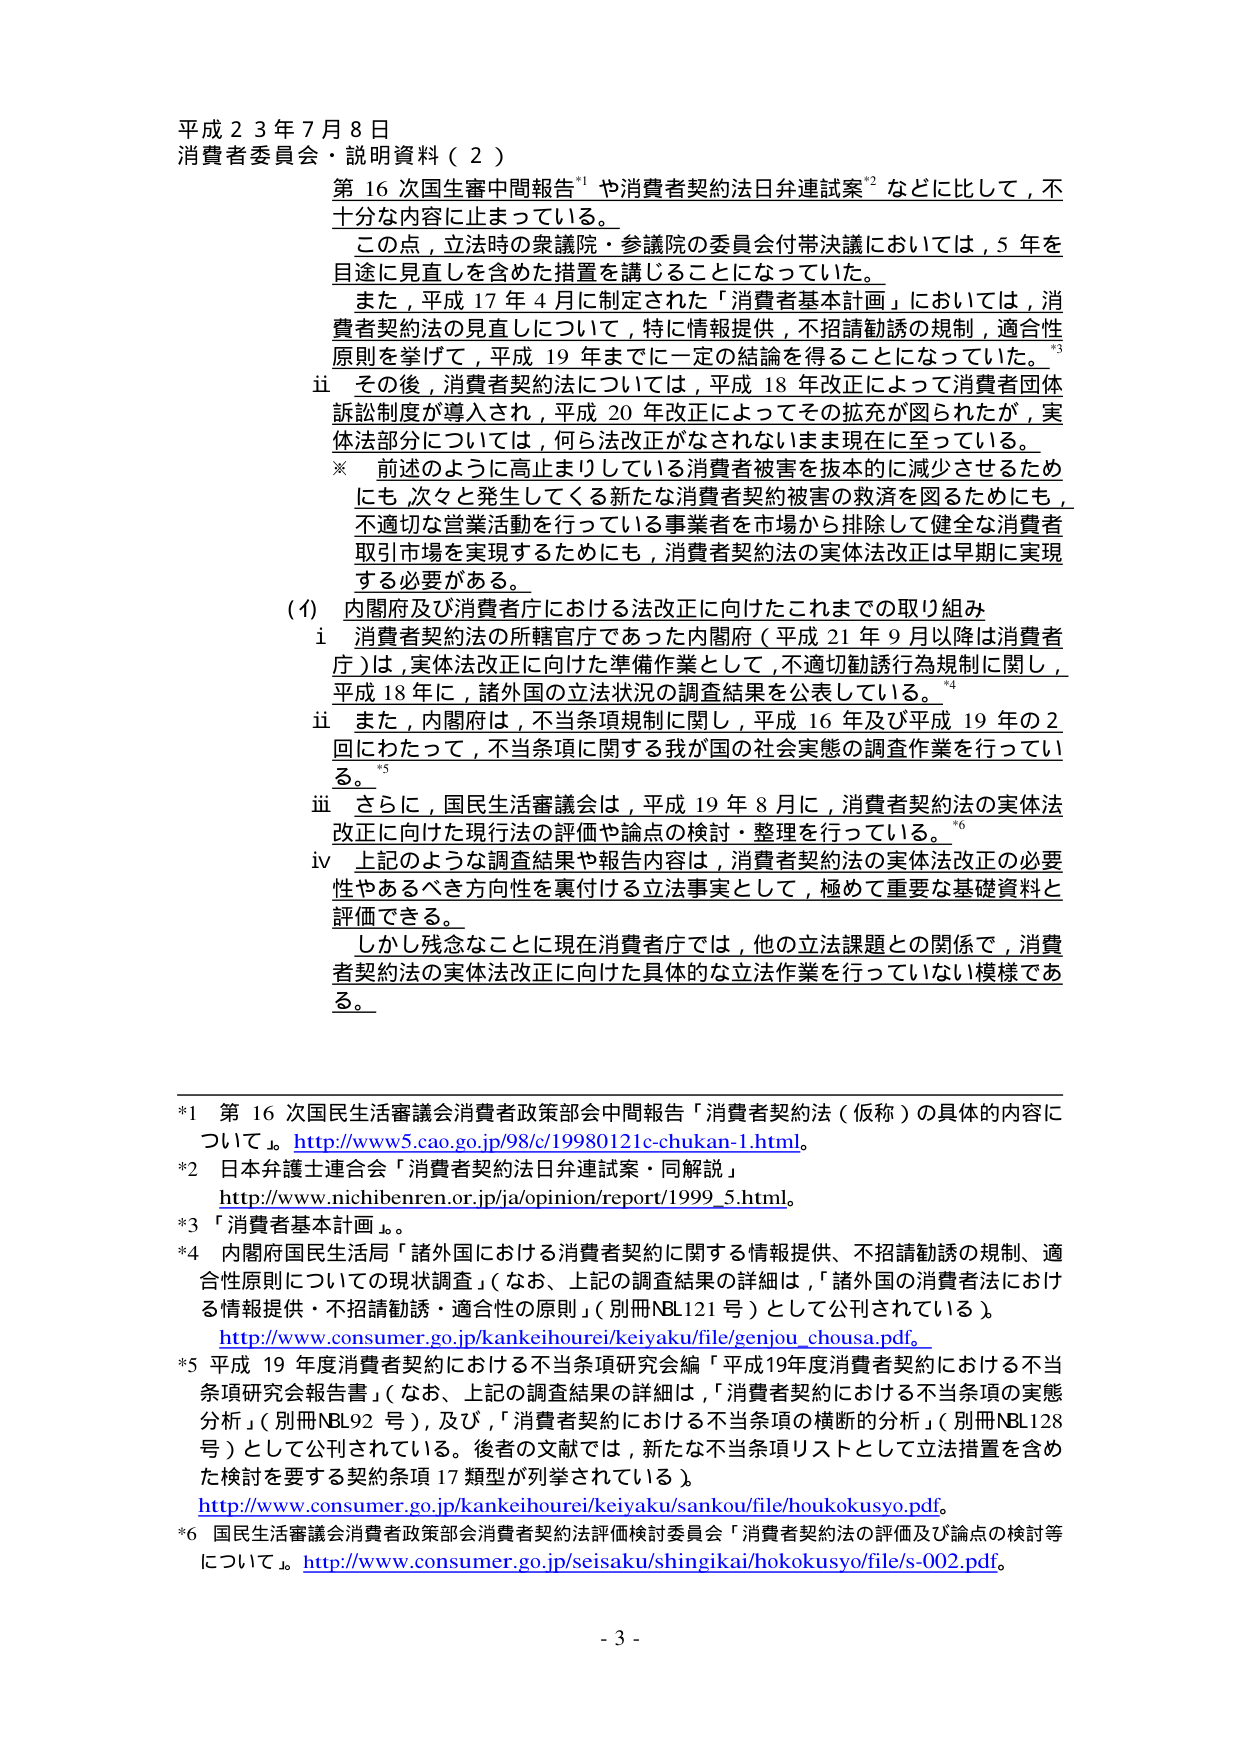
平成２３年７月８日
消費者委員会・説明資料（２）

第16次国生審中間報告*1や消費者契約法日弁連試案*2などに比して，不十分な内容に止まっている。
この点，立法時の衆議院・参議院の委員会付帯決議においては，5年を目途に見直しを含めた措置を講じることになっていた。
また，平成17年4月に制定された「消費者基本計画」においては，消費者契約法の見直しについて，特に情報提供，不招請勧誘の規制，適合性原則を挙げて，平成19年までに一定の結論を得ることになっていた。*3
ii その後，消費者契約法については，平成18年改正によって消費者団体訴訟制度が導入され，平成20年改正によってその拡充が図られたが，実体法部分については，何ら法改正がなされないまま現在に至っている。
※ 前述のように高止まりしている消費者被害を抜本的に減少させるためにも，次々と発生してくる新たな消費者契約被害の救済を図るためにも，不適切な営業活動を行っている事業者を市場から排除して健全な消費者取引市場を実現するためにも，消費者契約法の実体法改正は早期に実現する必要がある。

（イ）内閣府及び消費者庁における法改正に向けたこれまでの取り組み
i 消費者契約法の所轄官庁であった内閣府（平成21年9月以降は消費者庁）は，実体法改正に向けた準備作業として，不適切勧誘行為規制に関し，平成18年に，諸外国の立法状況の調査結果を公表している。*4
ii また，内閣府は，不当条項規制に関し，平成16年及び平成19年の2回にわたって，不当条項に関する我が国の社会実態の調査作業を行っている。*5
iii さらに，国民生活審議会は，平成19年8月に，消費者契約法の実体法改正に向けた現行法の評価や論点の検討・整理を行っている。*6
iv 上記のような調査結果や報告内容は，消費者契約法の実体法改正の必要性やあるべき方向性を裏付ける立法事実として，極めて重要な基礎資料と評価できる。
しかし残念なことに現在消費者庁では，他の立法課題との関係で，消費者契約法の実体法改正に向けた具体的な立法作業を行っていない模様である。

*1 第16次国民生活審議会消費者政策部会中間報告「消費者契約法（仮称）の具体的内容について」。http://www5.cao.go.jp/98/c/19980121c-chukan-1.html。
*2 日本弁護士連合会「消費者契約法日弁連試案・同解説」http://www.nichibenren.or.jp/ja/opinion/report/1999_5.html。
*3 「消費者基本計画」。
*4 内閣府国民生活局「諸外国における消費者契約に関する情報提供、不招請勧誘の規制、適合性原則についての現状調査」（なお、上記の調査結果の詳細は，「諸外国の消費者における情報提供・不招請勧誘・適合性の原則」（別冊NBL121号）として公刊されている）。http://www.consumer.go.jp/kankeihourei/keiyaku/file/genjou_chousa.pdf。
*5 平成19年度消費者契約における不当条項研究会編「平成19年度消費者契約における不当条項研究会報告書」（なお、上記の調査結果の詳細は，「消費者契約における不当条項の実態分析」（別冊NBL92号），及び，「消費者契約における不当条項の横断的分析」（別冊NBL128号）として公刊されている。後者の文献では，新たな不当条項リストとして立法措置を含めた検討を要する契約条項17類型が列挙されている）。http://www.consumer.go.jp/kankeihourei/keiyaku/sankou/file/houkokusyo.pdf。
*6 国民生活審議会消費者政策部会消費者契約法評価検討委員会「消費者契約法の評価及び論点の検討等について」。http://www.consumer.go.jp/seisaku/shingikai/hokokusyo/file/s-002.pdf。

- 3 -